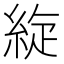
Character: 𦀢